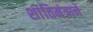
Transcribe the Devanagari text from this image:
शांतिमंत्राने